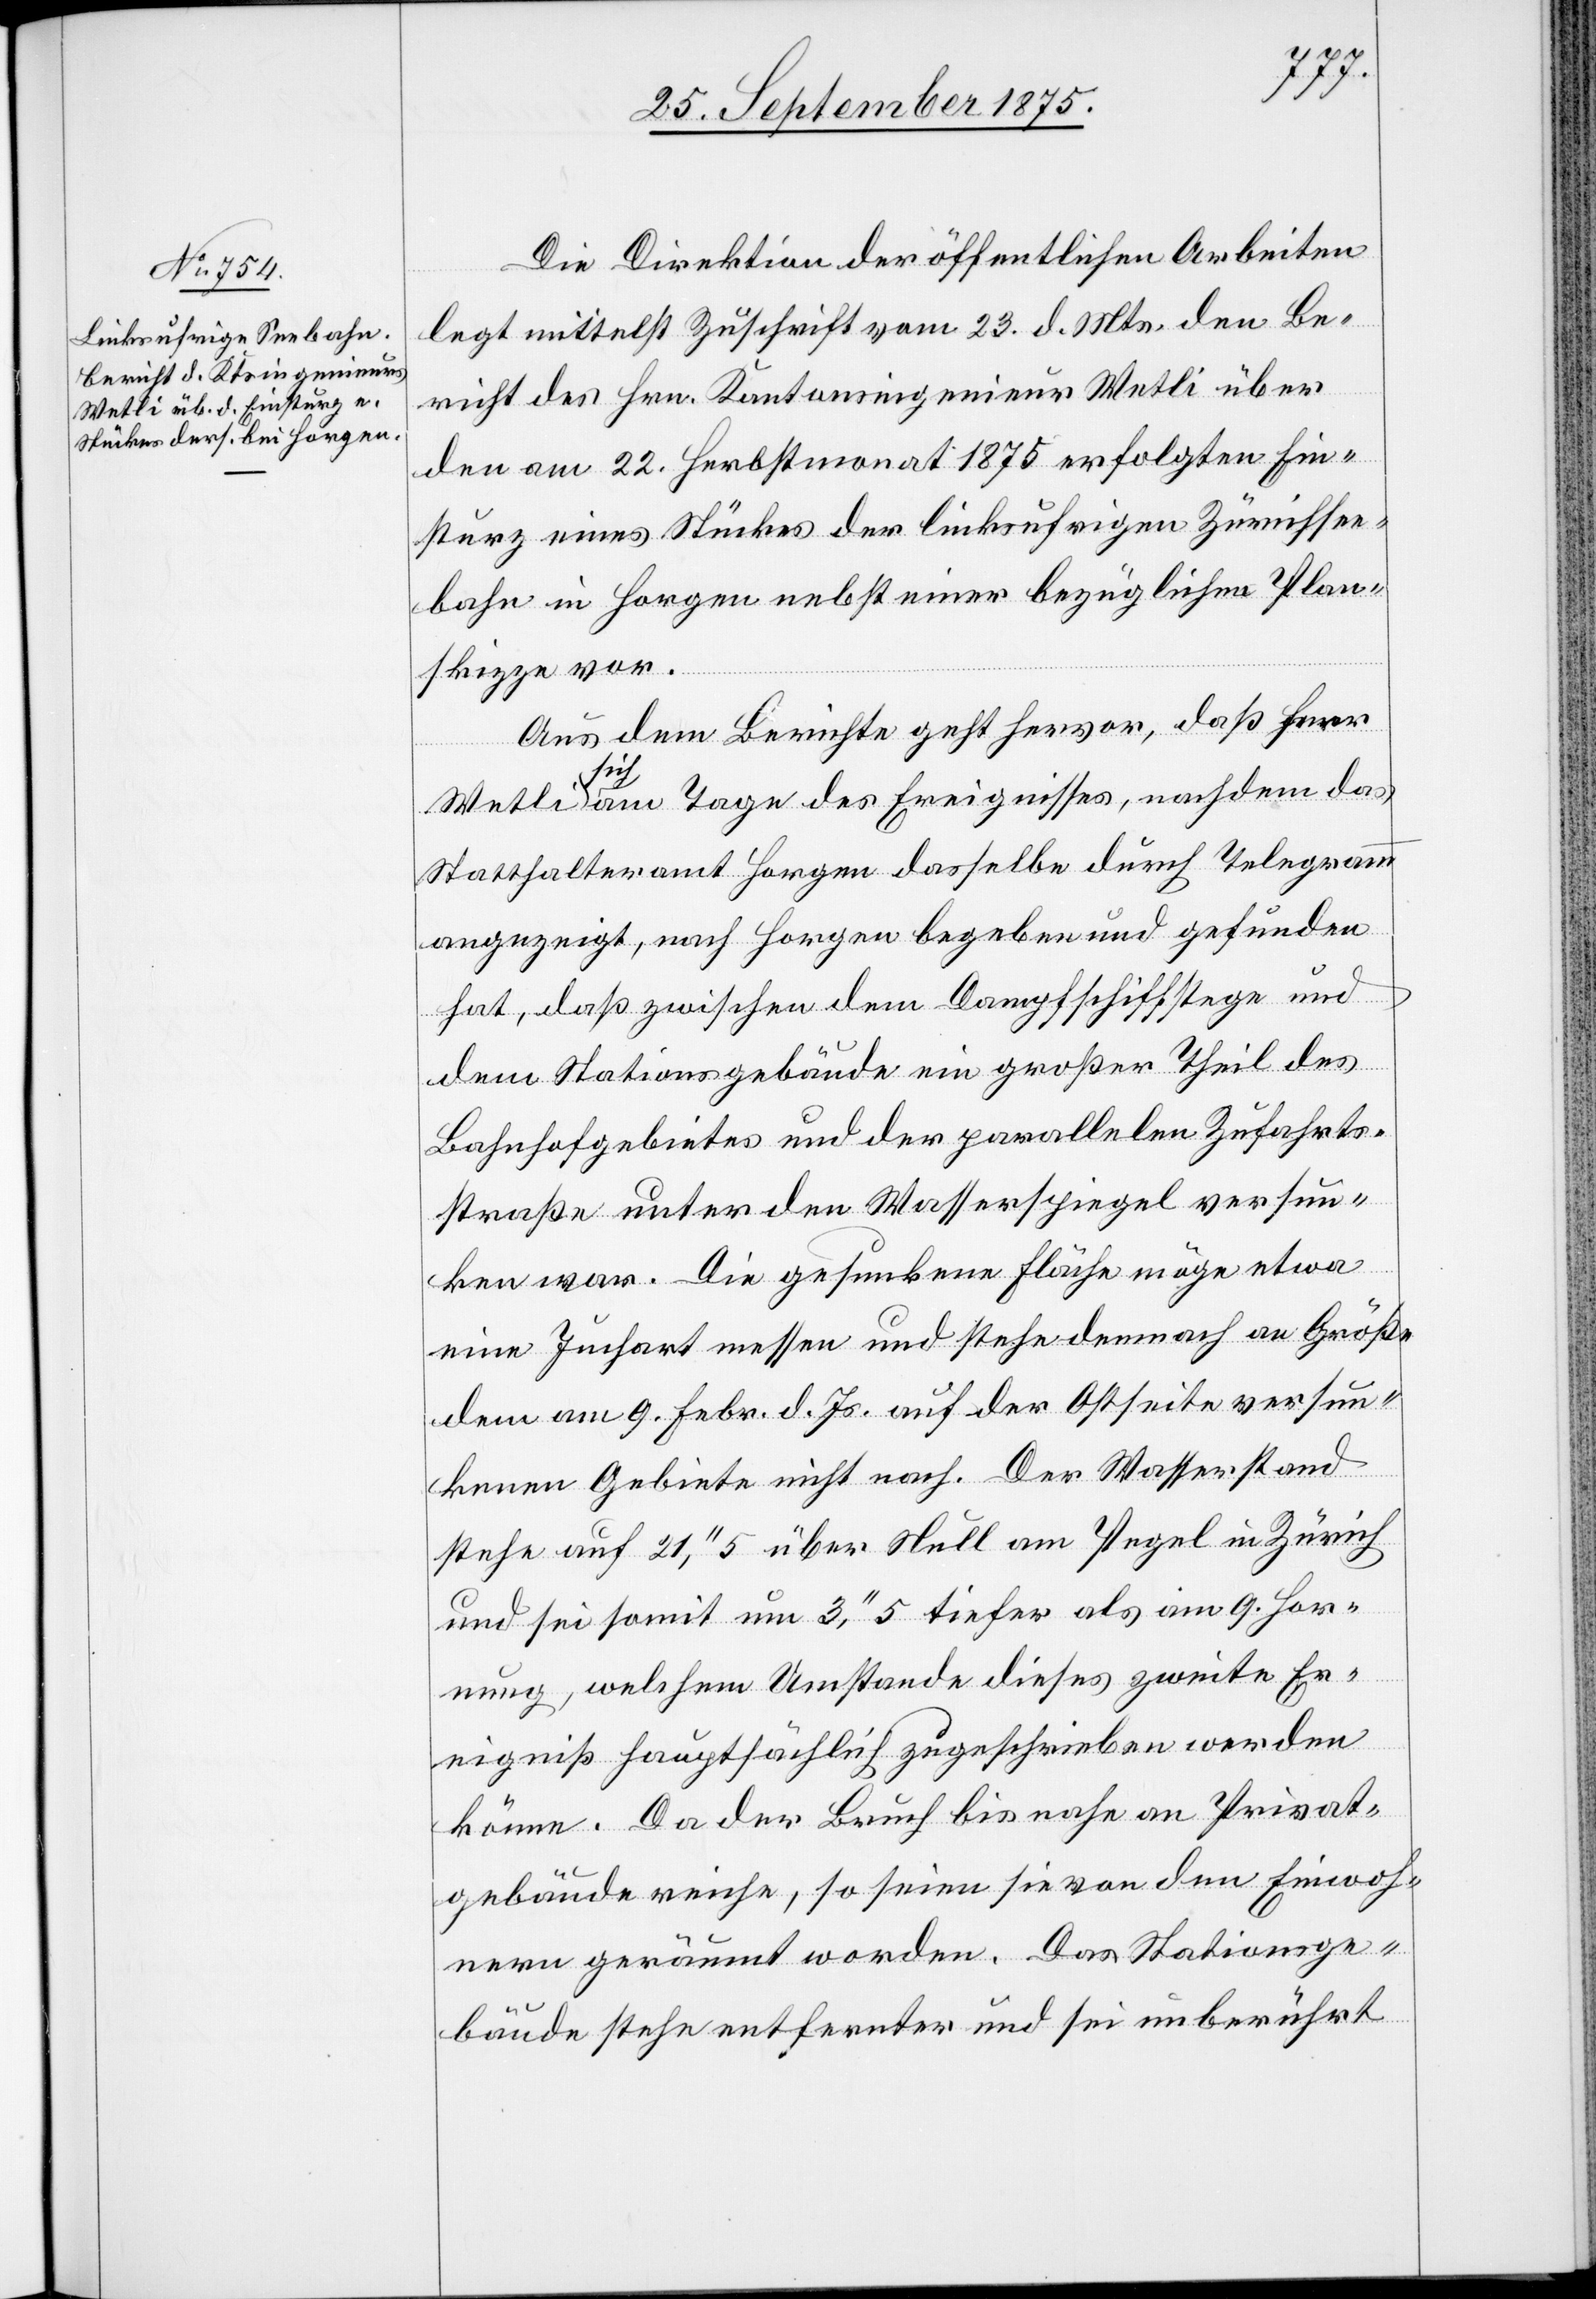
Die Direktion der öffentlichen Arbeiten
legt mittelst Zuschrift vom 23. d. Mts. den Be¬
richt des Hrn. Kantonsingenieur Wetli über
den am 22. Herbstmonat 1875 erfolgten Ein¬
sturz eines Stückes der linksufrigen Zürichsee¬
bahn in Horgen nebst einer bezüglichen Plan¬
skizze vor.
Aus dem Berichte geht hervor, daß Herr
Wetli sich am Tage des Ereignisses, nachdem das
Statthalteramt Horgen dasselbe durch Telegramm
angezeigt, nach Horgen begeben und gefunden
hat, daß zwischen dem Dampfschiffstege und
dem Stationsgebäude ein großer Theil des
Bahnhofgebietes und der parallelen Zufahrts¬
straße unter den Wasserspiegel versun¬
ken war. Die gesunkene Fläche möge etwa
eine Juchart messen und stehe demnach an Größe
dem am 9. Febr. d. Js. auf der Ostseite versun¬
kenen Gebiete nicht nach. Der Wasserstand
stehe auf 21,‘‘5 über Null am Pegel in Zürich
und sei somit um 3,‘‘5 tiefer als am 9. Hor¬
nung, welchem Umstande dieses zweite Er¬
eigniß hauptsächlich zugeschrieben werden
könne. Da der Bruch bis nahe an Privat¬
gebäude reiche, so seien sie von den Einwoh¬
nern geräumt worden. Das Stationsge¬
bäude stehe entfernter und sei unberührt